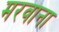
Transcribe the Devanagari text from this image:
मरवाना